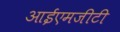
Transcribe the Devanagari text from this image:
आईएमजीटी